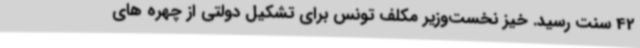
42 سنت رسید. خیز نخست‌وزیر مکلف تونس برای تشکیل دولتی از چهره های